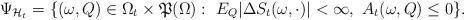
LaTeX: \begin{align*}\Psi_{\mathcal{H}_t}=\{(\omega,Q)\in\Omega_t\times\mathfrak{P}(\Omega):\ E_Q|\Delta S_t(\omega,\cdot)|<\infty,\ A_t(\omega,Q)\leq 0\}.\end{align*}